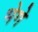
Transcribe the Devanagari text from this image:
भेगे